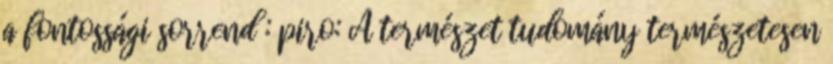
a fontossági sorrend : piro: A természet tudomány természetesen